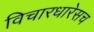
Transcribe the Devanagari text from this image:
विचारधारेसच